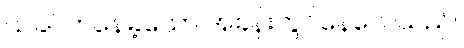
ယခင်ကနေခဲ့သော အခန်းတွင်နေလေသည်။